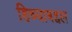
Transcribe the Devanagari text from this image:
हिच्याबद्दल